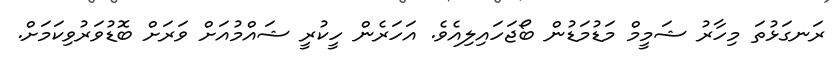
ރަނގަޅުތަ މިހާރު ޝަމީމް މަޑުމަޑުން ބޯޖަހައިލިއެވެ. އަހަރެން ހީކުރީ ޝައްމުއަށް ވަރަށް ބޮޑުވަރުވިކަމަށް.